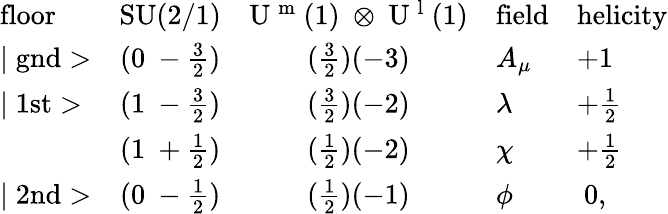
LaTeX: \begin{array}{lccll}{{\mathrm{floor}}}&{{\mathrm{SU(2/1)}}}&{{\mathrm{U~^{m}~(1)~\otimes~U~^{l}~(1)}}}&{{\mathrm{field}}}&{{\mathrm{helicity}}}\\ {{\mid\mathrm{gnd}>}}&{{(0~-\frac{3}{2})}}&{{(\frac{3}{2})(-3)}}&{{A_{\mu}}}&{{+1}}\\ {{\mid\mathrm{1st}>}}&{{(1~-\frac{3}{2})}}&{{(\frac{3}{2})(-2)}}&{{\lambda}}&{{+\frac{1}{2}}}\\ {{}}&{{(1~+\frac{1}{2})}}&{{(\frac{1}{2})(-2)}}&{{\chi}}&{{+\frac{1}{2}}}\\ {{\mid\mathrm{2nd}>}}&{{(0~-\frac{1}{2})}}&{{(\frac{1}{2})(-1)}}&{{\phi}}&{{~0,}}\end{array}